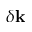
\delta \mathbf { k }